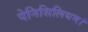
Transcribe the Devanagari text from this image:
पेनिसिलियम।